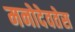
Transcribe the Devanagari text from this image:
मनोदेवतेस